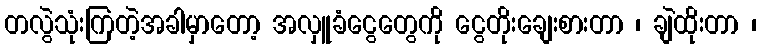
တလွဲသုံးကြတဲ့အခါမှာတော့ အလှူခံငွေတွေကို ငွေတိုးချေးစားတာ ၊ ချဲထိုးတာ ၊